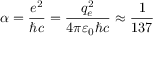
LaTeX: \alpha = { \frac { e ^ { 2 } } { \hbar c } } = { \frac { q _ { e } ^ { 2 } } { 4 \pi \varepsilon _ { 0 } \hbar c } } \approx { \frac { 1 } { 1 3 7 } }